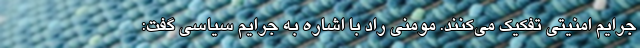
جرایم امنیتی تفکیک می‌کنند. مومنی راد با اشاره به جرایم سیاسی گفت: